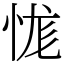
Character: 㤶